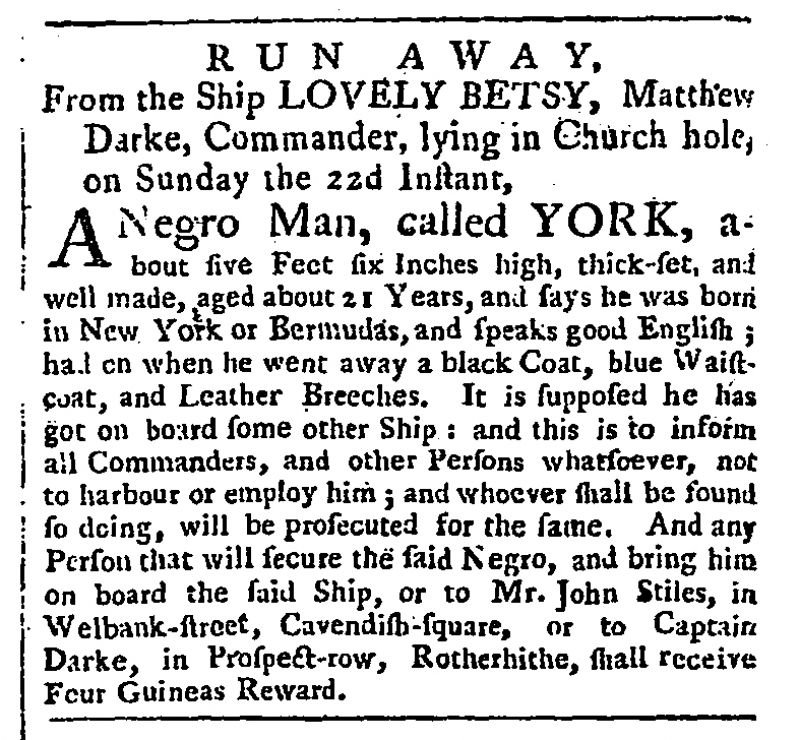
Public Ledger, Or, Daily Register of Commerce and Intelligence, 3 December 1761 (England)
               RUN AWAY,From the Ship LOVELY BETSY, Matthew Darke, Commander, lying in Church hole, on Sunday the 22d Instant,  A Negro Man, called YORK, about five Feet six Inches high, thick-set, and well made, aged about 21 Years, and says he was born in New York or Bermudas, and speaks good English; had on when he went away a black Coat, blue Waistcoat, and Leather Breeches. It is supposed he has got on board some other Ship: and this is to inform all Commanders, and other Persons whatsoever, not to harbour or employ him; and whoever shall be found so doing, will be prosecuted for the same. And any Person that will secure the said Negro, and bring him on board the said Ship, or to Mr. John Stiles, in Welbank-street, Cavendish-square, or to Captain Darke, in Prospect-row, Rotherhithe, shall receive Four Guineas Reward.